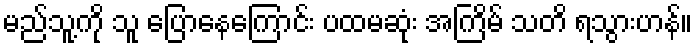
မည်သူ့ကို သူ ပြောနေကြောင်း ပထမဆုံး အကြိမ် သတိ ရသွားဟန်။